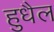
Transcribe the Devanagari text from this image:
हुधैल